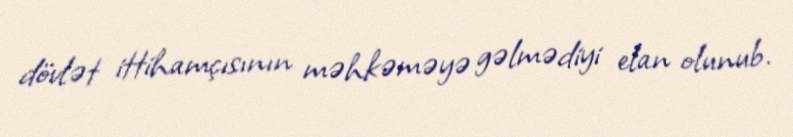
dövlət ittihamçısının məhkəməyə gəlmədiyi elan olunub.